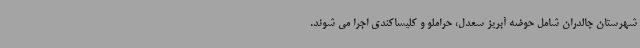
شهرستان چالدران شامل حوضه آبریز سعدل، حراملو و کلیساکندی اجرا می شوند.